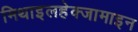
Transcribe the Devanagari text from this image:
मिथाइलहेक्जामाइन